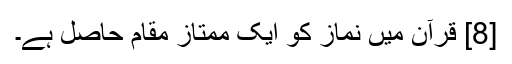
[8] قرآن میں نماز کو ایک ممتاز مقام حاصل ہے۔